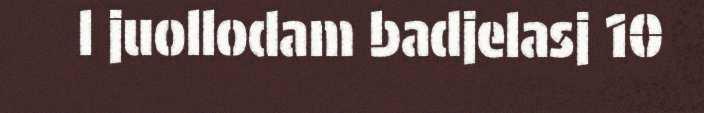
l juollodam badjelasj 10